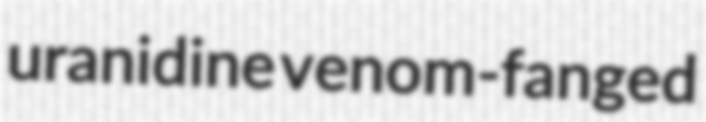
uranidine venom-fanged